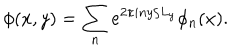
\phi ( x , y ) = \sum _ { n } e ^ { 2 \pi i n y / L _ { y } } \phi _ { n } ( x ) .